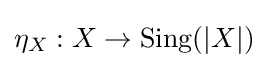
\eta _{X}:X\to \operatorname {Sing} (|X|)